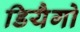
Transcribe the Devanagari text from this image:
डियैगो